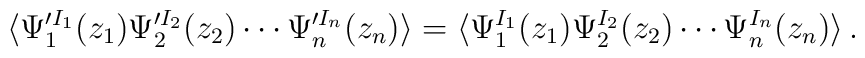
\langle\Psi_{1}^{\prime I_{1}}(z_{1})\Psi_{2}^{\prime I_{2}}(z_{2}) \cdots\Psi_{n}^{\prime I_{n}}(z_{n})\rangle=\langle \Psi_{1}^{I_{1}}(z_{1})\Psi_{2}^{I_{2}} (z_{2})\cdots \Psi_{n}^{I_{n}}(z_{n})\rangle\,.